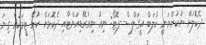
ދެކޮލަށް ނުކުންނަނީ ކުލަބް އީގަލްސް--ފޮޓޯ: ނިއު ނިއުރޭޑިއަންޓާއި ދެކޮޅަށް ކުޅޭ ޓީމަކަަށް ގިނަ